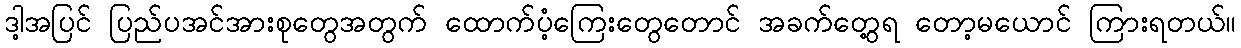
ဒါ့အပြင် ပြည်ပအင်အားစုတွေအတွက် ထောက်ပံ့ကြေးတွေတောင် အခက်တွေ့ရ တော့မယောင် ကြားရတယ်။